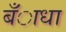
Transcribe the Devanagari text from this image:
बँाधा